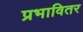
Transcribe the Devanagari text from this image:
प्रभावितर